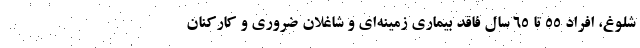
شلوغ، افراد 55 تا 65 سال فاقد بیماری زمینه‌ای و شاغلان ضروری و کارکنان